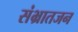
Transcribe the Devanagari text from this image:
संभ्रातजन